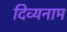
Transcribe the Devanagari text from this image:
दिव्यनाम